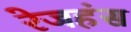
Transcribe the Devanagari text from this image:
रेजहंस